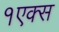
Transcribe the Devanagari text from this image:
१एक्स